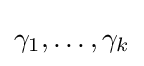
\gamma _{1},\ldots ,\gamma _{k}